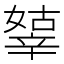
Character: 𨐞